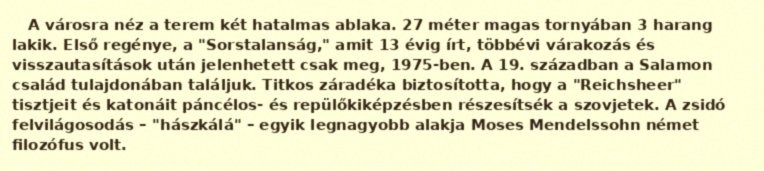
A városra néz a terem két hatalmas ablaka. 27 méter magas tornyában 3 harang lakik. Első regénye, a "Sorstalanság," amit 13 évig írt, többévi várakozás és visszautasítások után jelenhetett csak meg, 1975-ben. A 19. században a Salamon család tulajdonában találjuk. Titkos záradéka biztosította, hogy a "Reichsheer" tisztjeit és katonáit páncélos- és repülőkiképzésben részesítsék a szovjetek. A zsidó felvilágosodás – "hászkálá" – egyik legnagyobb alakja Moses Mendelssohn német filozófus volt.